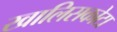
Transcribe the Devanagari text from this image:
खालिसकोटा